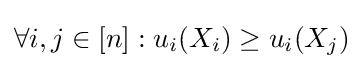
\forall i,j\in [n]:{u_{i}(X_{i})}\geq {u_{i}(X_{j})}